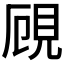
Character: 𧠏